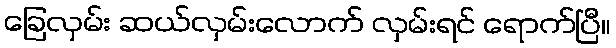
ခြေလှမ်း ဆယ်လှမ်းလောက် လှမ်းရင် ရောက်ပြီ။